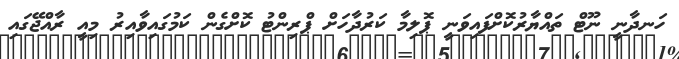
ހަނދާނީ ނޫޓް ތައްޔާރުކޮށްފައިވަނީ ޕޮލިމާ ކަރުދާހަށް ޕްރިންޓު ކޮށްގެން ކަމުގައިވާއިރު މިއީ ރާއްޖޭގައި